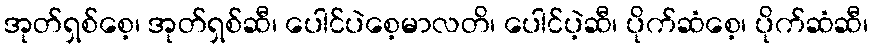
အုတ်ရှစ်စေ့၊ အုတ်ရှစ်ဆီ၊ ပေါင်ပဲစေ့မာလတိ၊ ပေါင်ပဲ့ဆီ၊ ပိုက်ဆံစေ့၊ ပိုက်ဆံဆီ၊